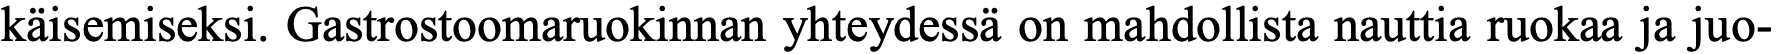
käisemiseksi. Gastrostoomaruokinnan yhteydessä on mahdollista nauttia ruokaa ja juo-